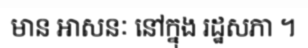
មាន អាសនៈ នៅក្នុង រដ្ឋសភា ។